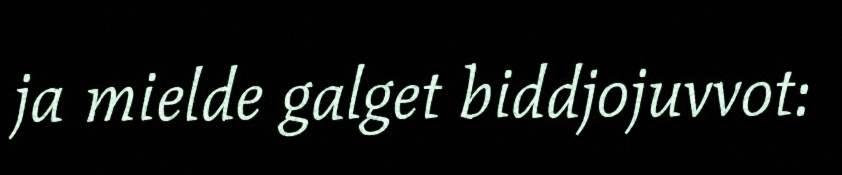
ja mielde galget biddjojuvvot: